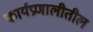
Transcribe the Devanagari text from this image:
कार्यप्रणालीतील